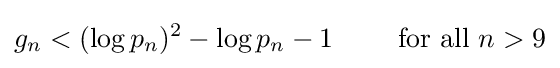
g_{n}<(\log p_{n})^{2}-\log p_{n}-1\qquad {\text{ for all }}n>9